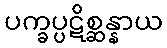
ပက္ခပ္ပဋိစ္ဆန္နာယ